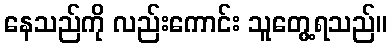
နေသည်ကို လည်းကောင်း သူတွေ့ရသည်။